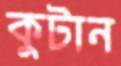
কুটান